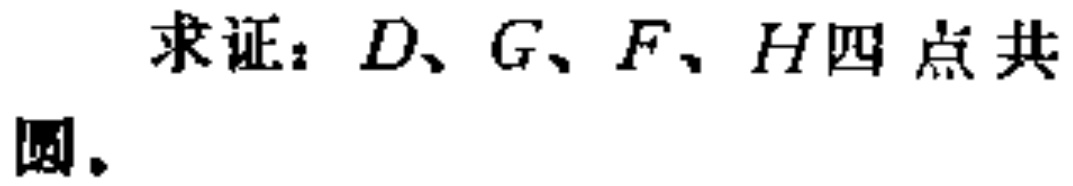
求证：$D、G、F、H$四点共圆。